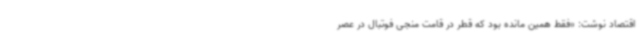
اقتصاد نوشت: «فقط همین مانده بود که قطر در قامت منجی فوتبال در عصر